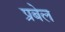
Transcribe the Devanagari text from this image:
प्रबेल